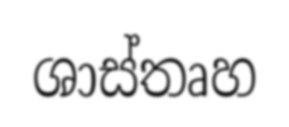
ශාස්තෘහ